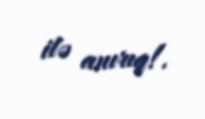
ilə anırıq!.